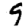
Digit: 9